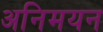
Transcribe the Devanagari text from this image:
अनिमयन